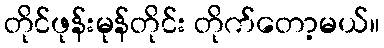
တိုင်ဖုန်းမုန်တိုင်း တိုက်တော့မယ်။